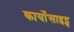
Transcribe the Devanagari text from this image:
कार्योसाइट्स